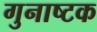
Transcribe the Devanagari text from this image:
गुनाष्टक